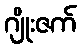
ဂျိုးဇက်